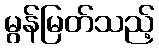
မွန်မြတ်သည့်